Indian journal of veterinary science and animal husbandry - Volume 10,
Year: 1940
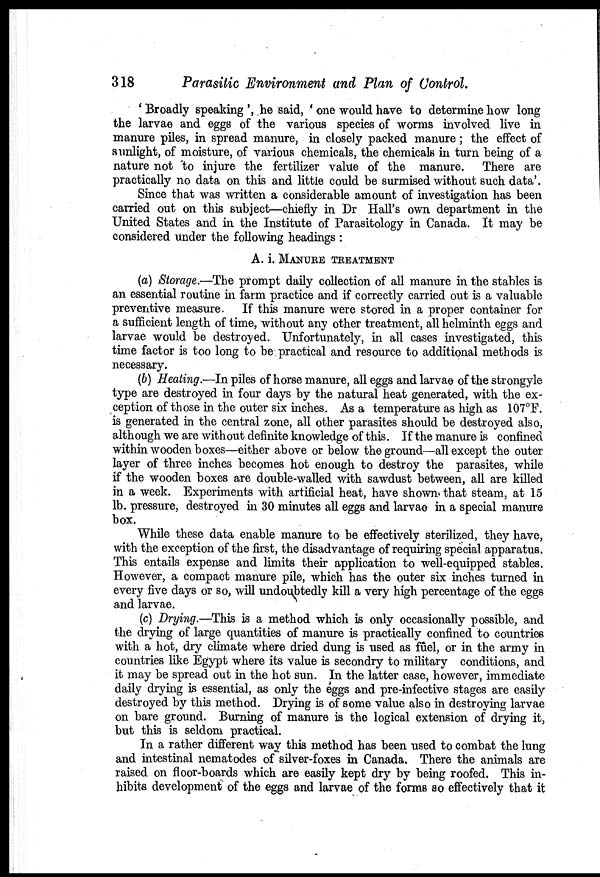
318
Parasitic Environment and Plan of Control.
' Broadly speaking ', he said, ' one would have to determine how long
the larvae and eggs of the various species of worms involved live in
manure piles, in spread manure, in closely packed manure ; the effect of
sunlight, of moisture, of various chemicals, the chemicals in turn being of a
nature not to injure the fertilizer value of the manure. There are
practically no data on this and little could be surmised without such data'.
Since that was written a considerable amount of investigation has been
carried out on this subject—chiefly in Dr Hall's own department in the
United States and in the Institute of Parasitology in Canada. It may be
considered under the following headings :
A. i. MANURE TREATMENT
(a) Storage.—The prompt daily collection of all manure in the stables is
an essential routine in farm practice and if correctly carried out is a valuable
preventive measure. If this manure were stored in a proper container for
a sufficient length of time, without any other treatment, all helminth eggs and
larvae would be destroyed. Unfortunately, in all cases investigated, this
time factor is too long to be practical and resource to additional methods is
necessary.
(b) Heating.—In piles of horse manure, all eggs and larvae of the strongyle
type are destroyed in four days by the natural heat generated, with the ex-
ception of those in the outer six inches. As a temperature as high as 107°F.
is generated in the central zone, all other parasites should be destroyed also,
although we are without definite knowledge of this. If the manure is confined
within wooden boxes—either above or below the ground—all except the outer
layer of three inches becomes hot enough to destroy the parasites, while
if the wooden boxes are double-walled with sawdust between, all are killed
in a week. Experiments with artificial heat, have shown that steam, at 15
lb. pressure, destroyed in 30 minutes all eggs and larvae in a special manure
box.
While these data enable manure to be effectively sterilized, they have,
with the exception of the first, the disadvantage of requiring special apparatus.
This entails expense and limits their application to well-equipped stables.
However, a compact manure pile, which has the outer six inches turned in
every five days or so, will undoubtedly kill a very high percentage of the eggs
and larvae.
(c) Drying.—This is a method which is only occasionally possible, and
the drying of large quantities of manure is practically confined to countries
with a hot, dry climate where dried dung is used as fuel, or in the army in
countries like Egypt where its value is secondry to military conditions, and
it may be spread out in the hot sun. In the latter case, however, immediate
daily drying is essential, as only the eggs and pre-infective stages are easily
destroyed by this method. Drying is of some value also in destroying larvae
on bare ground. Burning of manure is the logical extension of drying it,
but this is seldom practical.
In a rather different way this method has been used to combat the lung
and intestinal nematodes of silver-foxes in Canada. There the animals are
raised on floor-boards which are easily kept dry by being roofed. This in-
hibits development of the eggs and larvae of the forms so effectively that it